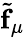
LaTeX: \tilde{\mathbf{f}}_{\mu}